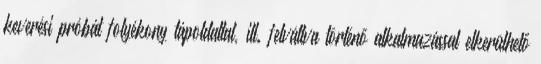
keverési próbát folyékony tápoldattal, ill. felváltva történő alkalmazással elkerülhető